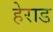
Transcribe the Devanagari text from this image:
हेराड